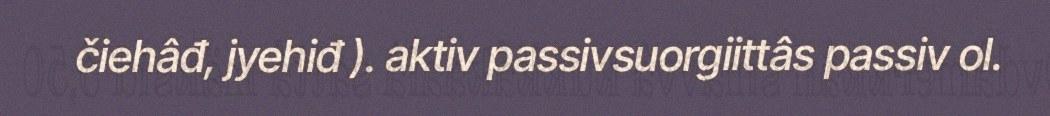
čiehâđ, jyehiđ ). aktiv passivsuorgiittâs passiv ol.